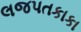
લજપતકાકા